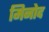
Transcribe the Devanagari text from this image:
मिनोद